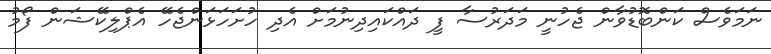
ނަމަވެސް ކަންބޮޑުވާން ޖެހުނީ މަދަރުސާ ފީ ދައްކައިދިނުމަށް އެދި ހުށަހަޅަންޖެހޭ އެޕްލިކޭޝަން ފޯމު